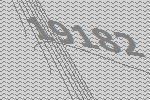
19182